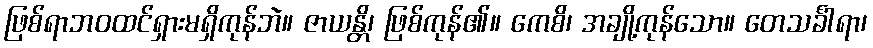
ဖြစ်ရာဘဝထင်ရှားမရှိကုန်ဘဲ။ ဇာယန္တိ၊ ဖြစ်ကုန်၏။ ကေစိ၊ အချို့ကုန်သော။ တေသင်္ခါရာ၊